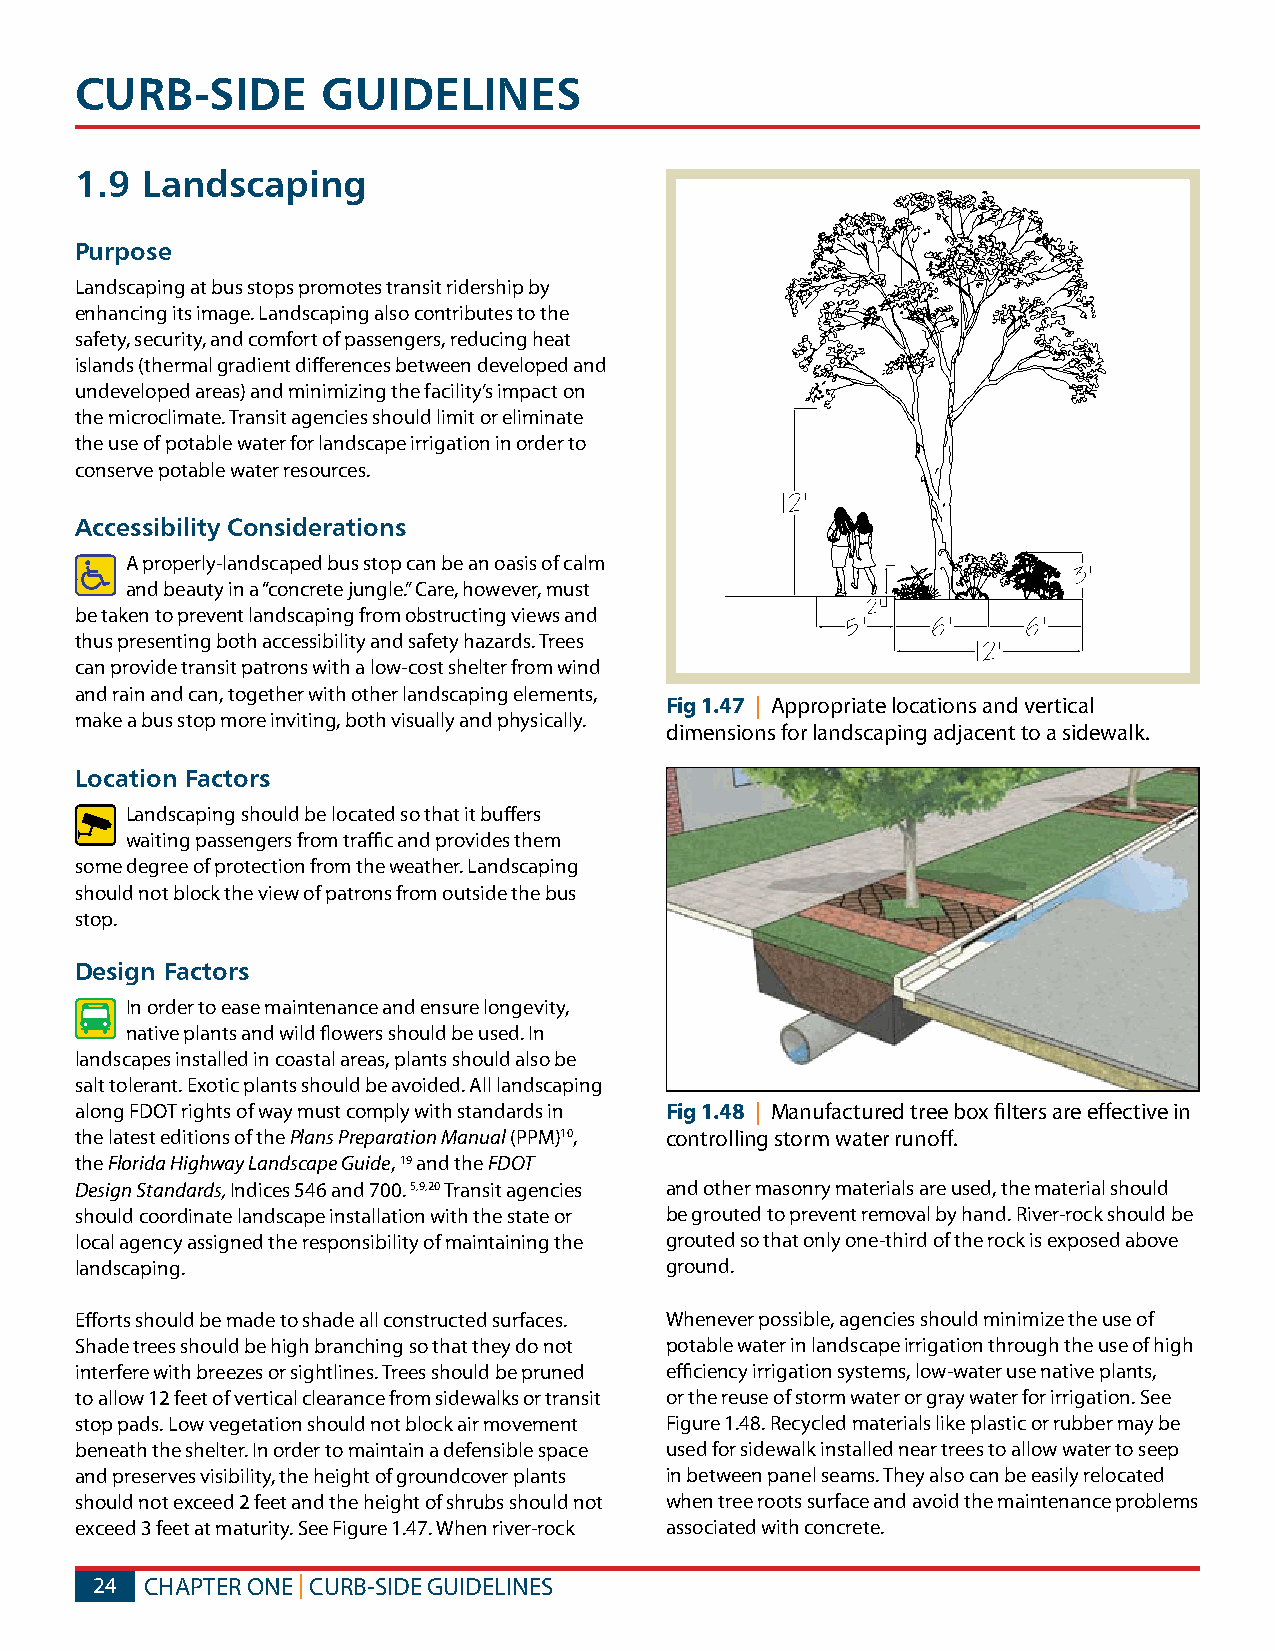
CURB-SIDE       GUIDELINES
 1.9 Landscaping
 Purpose
 Landscaping at bus stops promotes transit ridership by
 enhancing its image. Landscaping also contributes to the
 safety, security, and comfort of passengers, reducing heat
 islands (thermal gradient differences between developed and
 undeveloped areas) and minimizing the facility’s impact on
 the microclimate. Transit agencies should limit or eliminate
 the use of potable water for landscape irrigation in order to
 conserve potable water resources.
 Accessibility Considerations
 A properly-landscaped bus stop can be an oasis of calm
 and beauty in a “concrete jungle.” Care, however, must
 be taken to prevent landscaping from obstructing views and
 thus presenting both accessibility and safety hazards. Trees
 can provide transit patrons with a low-cost shelter from wind
 and rain and can, together with other landscaping elements,
 Fig 1.47 | Appropriate locations and vertical
 make a bus stop more inviting, both visually and physically.
 dimensions for landscaping adjacent to a sidewalk.
 Location Factors
 Landscaping should be located so that it buffers
 waiting passengers from traffic and provides them
 some degree of protection from the weather. Landscaping
 should not block the view of patrons from outside the bus
 stop.
 Design Factors
 In order to ease maintenance and ensure longevity,
 native plants and wild flowers should be used. In
 landscapes installed in coastal areas, plants should also be
 salt tolerant. Exotic plants should be avoided. All landscaping
 along FDOT rights of way must comply with standards in Fig 1.48 | Manufactured tree box filters are effective in
 the latest editions of the Plans Preparation Manual (PPM)10, controlling storm water runoff.
 the Florida Highway Landscape Guide, 19 and the FDOT
 Design Standards, Indices 546 and 700. 5,9,20 Transit agencies and other masonry materials are used, the material should
 should coordinate landscape installation with the state or be grouted to prevent removal by hand. River-rock should be
 local agency assigned the responsibility of maintaining the grouted so that only one-third of the rock is exposed above
 landscaping.                           ground.
 Efforts should be made to shade all constructed surfaces. Whenever possible, agencies should minimize the use of
 Shade trees should be high branching so that they do not potable water in landscape irrigation through the use of high
 interfere with breezes or sightlines. Trees should be pruned efficiency irrigation systems, low-water use native plants,
 to allow 12 feet of vertical clearance from sidewalks or transit or the reuse of storm water or gray water for irrigation. See
 stop pads. Low vegetation should not block air movement Figure 1.48. Recycled materials like plastic or rubber may be
 beneath the shelter. In order to maintain a defensible space used for sidewalk installed near trees to allow water to seep
 and preserves visibility, the height of groundcover plants in between panel seams. They also can be easily relocated
 should not exceed 2 feet and the height of shrubs should not when tree roots surface and avoid the maintenance problems
 exceed 3 feet at maturity. See Figure 1.47. When river-rock associated with concrete.
 24  CHAPTER ONE | CURB-SIDE GUIDELINES